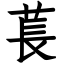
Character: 萇